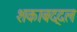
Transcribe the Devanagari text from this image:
शकाबद्दल